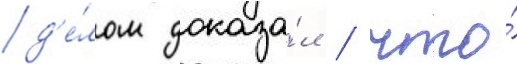
д'е́лом доказа́л / что́